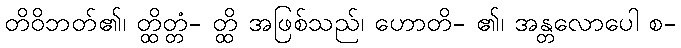
တိဝိဘတ်၏၊ တ္ထိတ္တံ- တ္ထိ အဖြစ်သည်၊ ဟောတိ- ၏၊ အန္တလောပေါ စ-